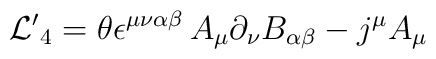
{\cal L'}_4 = \theta \epsilon^{\mu\nu\alpha\beta}\,A_\mu \partial_\nu B_{\alpha\beta} - j^{\mu} A_{\mu}